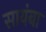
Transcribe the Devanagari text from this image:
सायंबा